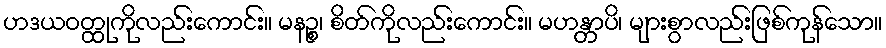
ဟဒယဝတ္ထုကိုလည်းကောင်း။ မနဉ္စ၊ စိတ်ကိုလည်းကောင်း။ မဟန္တာပိ၊ များစွာလည်းဖြစ်ကုန်သော။